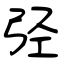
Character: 弪